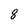
Character: 8